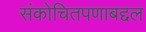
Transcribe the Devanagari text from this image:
संकोचितपणाबद्दल